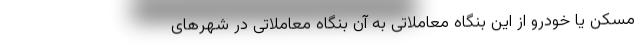
مسکن یا خودرو از این بنگاه معاملاتی به آن بنگاه معاملاتی در شهرهای